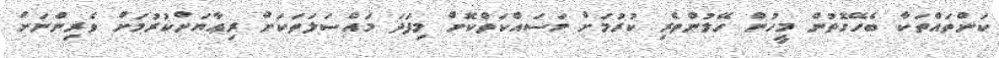
ކަންތައްތަކާ ބެހޭގޮތުން މީހުން ހޭލުންތެރި ކުރުމަށް މަސައްކަތްކޮށް މިފަދަ މައްސަލަތަކަށް ރިޢާޔަށްކުރުމަށް ވެރިންނަށް